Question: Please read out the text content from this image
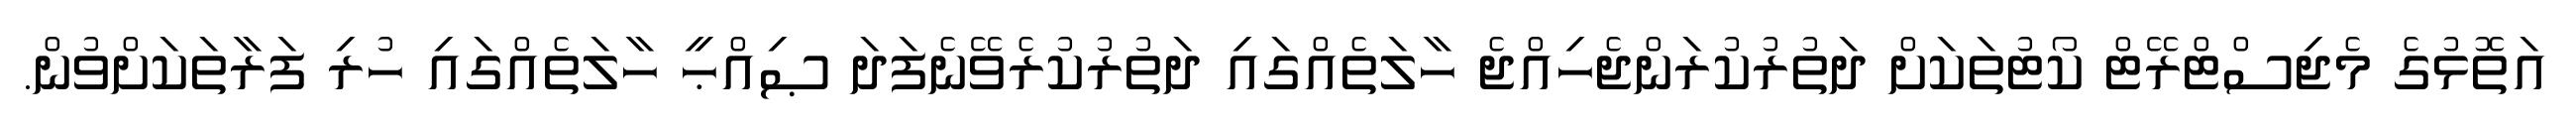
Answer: އަތޮޅުގެ މެޖިސްޓްރޭޓް ކޯޓުތަކަށް ދަތުރުކުރަންޖެހިއްޖެ ހާލަތެއްގައި ދަތުރުކުރެވޭނެފަދަ ޞިއްޙީ ހާލަތެއްގައި ހުރި ފަރާތަކަށްވުން.